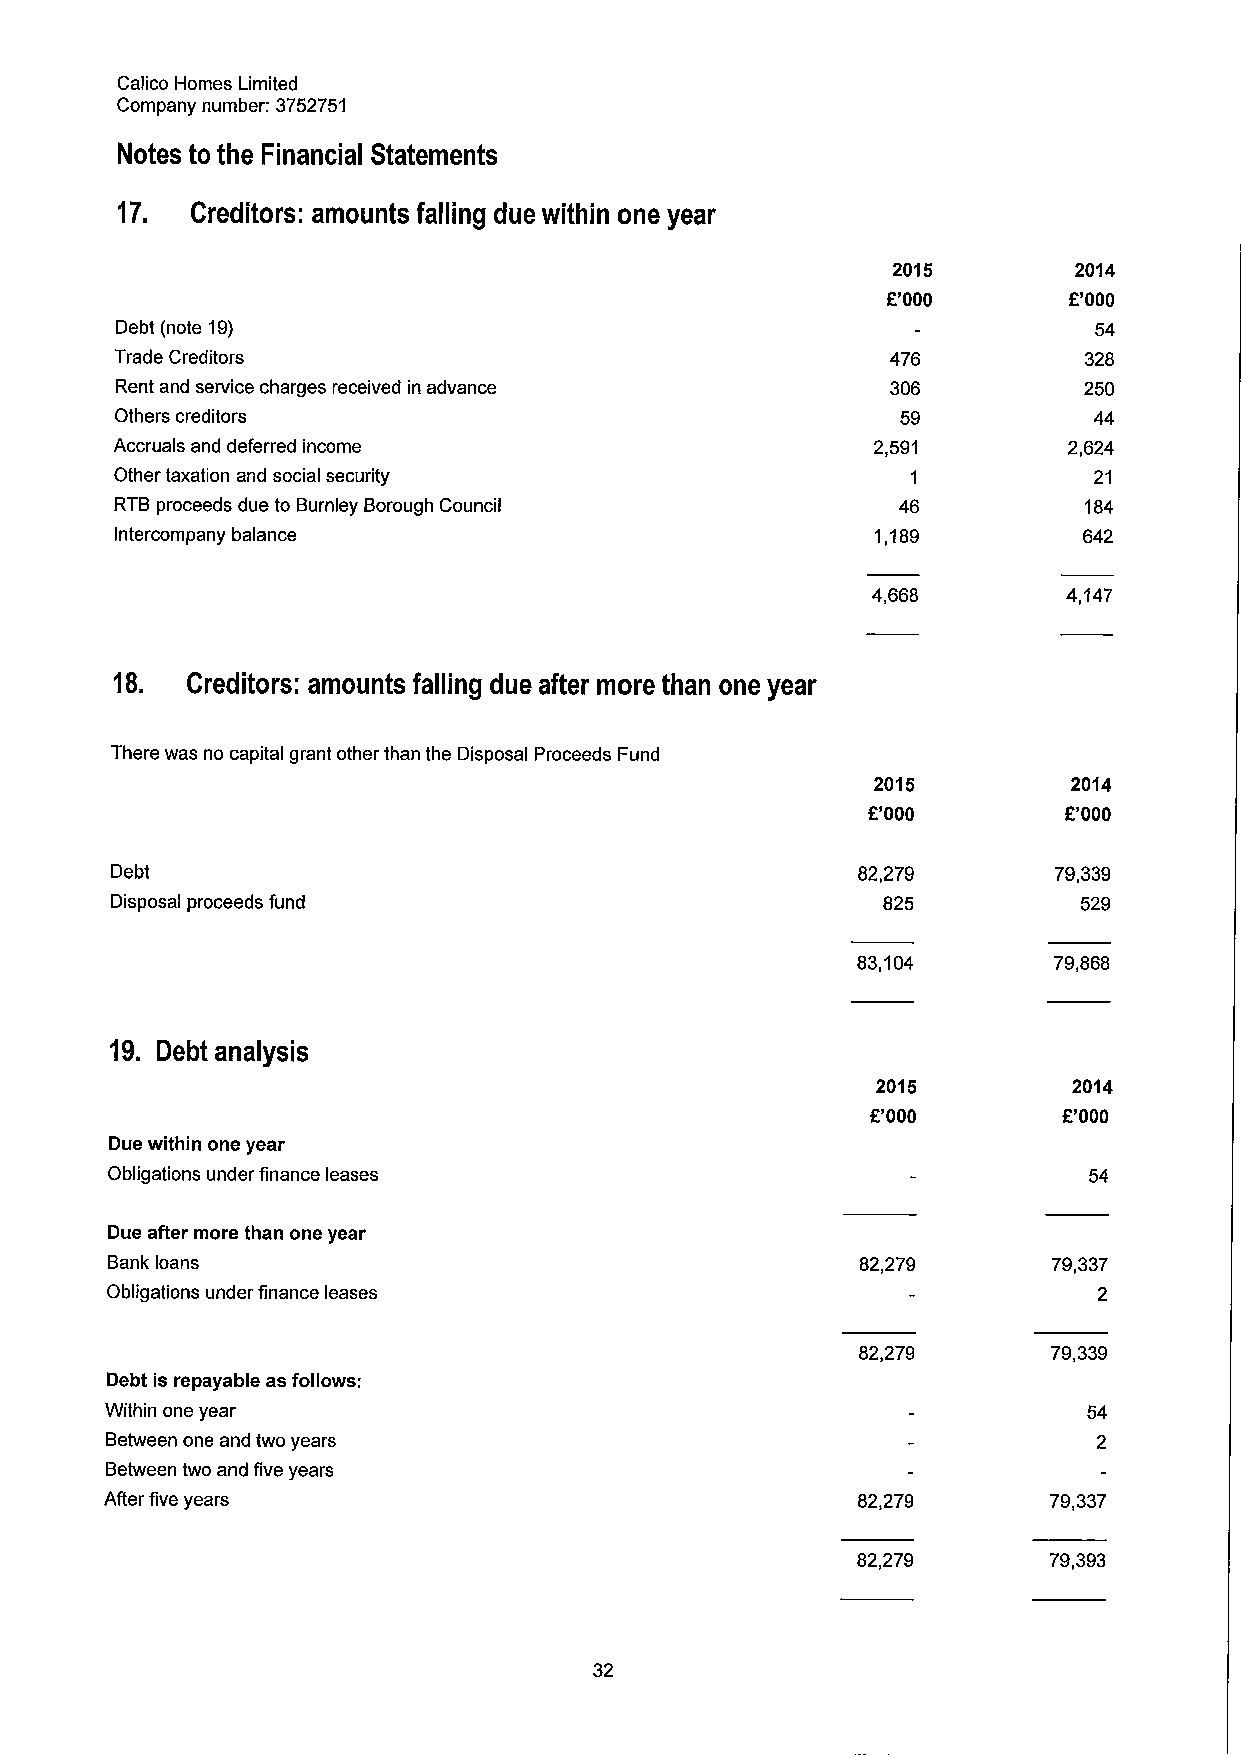
Calico Homes Limited
 Company number: 3752751
 Notes to the Financial Statements
 17.  Creditors: amounts falling due within one year
 2015        2014
 f.'000      E'000
 Debt (note 19)                                                  54
 Trade Creditors                                    476          328
 Rent and service charges received in advance       306          250
 Others creditors                                    59          44
 Accruals and deferred income                      2,591        2,624
 Other taxation and social security                  1           21
 RTBproceeds due to Burnley Borough Council         46           184
 Intercompany balance                              1,189         642
 4,668        4,147
 18. Creditors: amounts falling due after more than one year
 There was no capital grant other than the Disposal Proceeds Fund
 2015         2014
 E'000        f.'000
 Debt                                              82,279       79,339
 Disposal proceeds fund                             825           529
 83,104       79,868
 19. Debt analysis
 2015         2014
 f.'000      E'000
 Due within one year
 Obligations under finance leases                                 54
 Due after more than one year
 Bank loans                                        82,279       79,337
 Obligations under finance leases                                  2
 82,279       79,339
 Debt is repayable as follows:
 Within one year                                                  54
 Between one and two years
 Between two and five years
 After five years                                  82,279      79,337
 82,279      79,393
 32